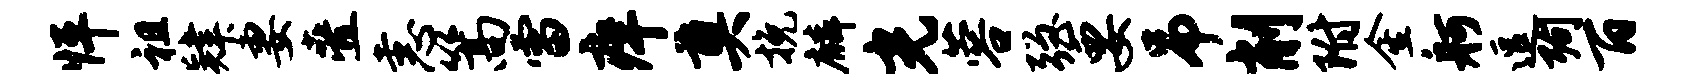
怦祖肄妻叠恚篙雷痒奠挽麟光蓉强要吊削附金舸逗殉百